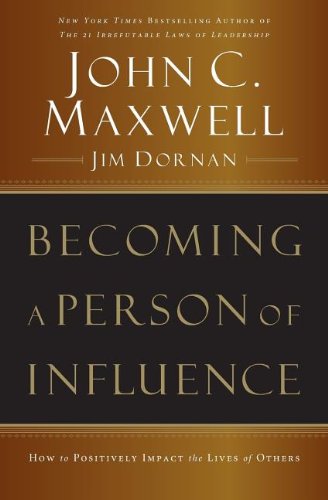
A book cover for Becoming a Person of Influence: How to Positively Impact the Lives of Others; John C. Maxwell; Christian Books & Bibles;